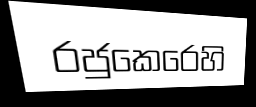
රජුකෙරෙහි